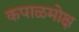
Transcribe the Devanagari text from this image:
कपाळमोक्ष